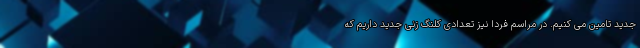
جدید تامین می کنیم. در مراسم فردا نیز تعدادی کلنگ زنی جدید داریم که